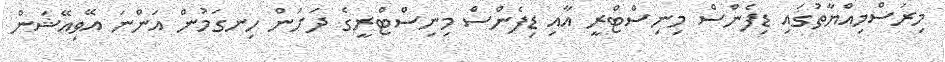
މިރަސްމިއްޔާތުގައި ޑިފެންސް މިނިސްޓްރީ އާއި ޑިފެންސް މިނިސްޓްރީގެ ދަށުން ހިނގަމުން އަންނަ އޭވިއޭޝަން